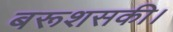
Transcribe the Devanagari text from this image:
बरूशसकी।